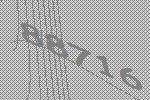
88716